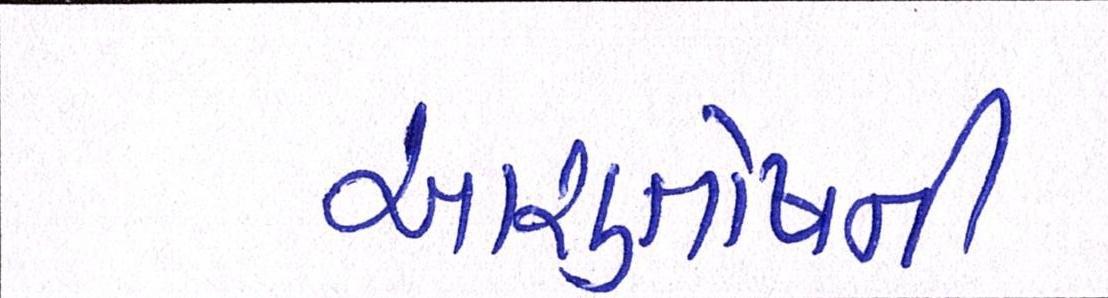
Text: આશુતોષની